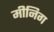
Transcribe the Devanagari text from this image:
मीनिग